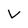
Character: V